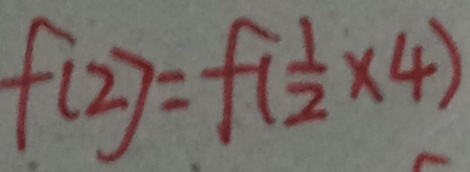
f ( 2 ) = f ( \frac { 1 } { 2 } \times 4 )